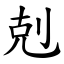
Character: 剋